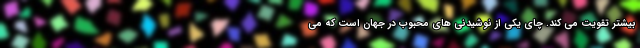
بیشتر تقویت می کند. چای یکی از نوشیدنی های محبوب در جهان است که می